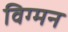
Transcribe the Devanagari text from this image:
विग्मन